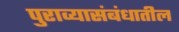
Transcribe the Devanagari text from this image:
पुराव्यासंबंधातील